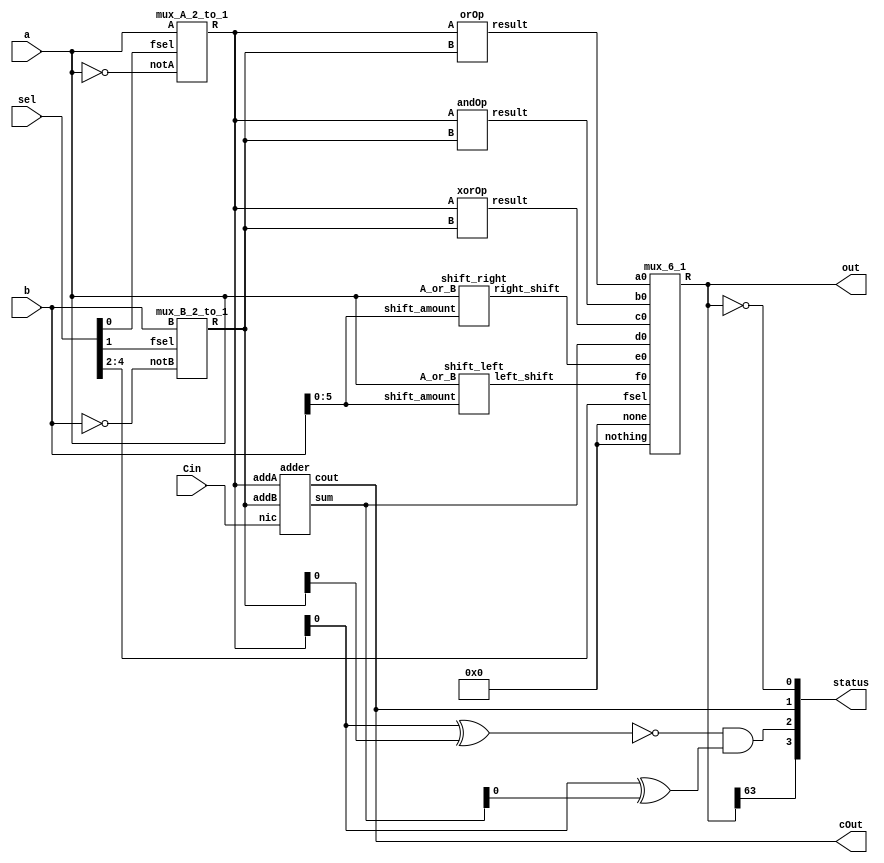
module aluFile (a, b, Cin, sel,out, cOut, status);
input [63:0] a, b;
input  Cin;
input [4:0] sel; 
output [63:0] out; 
output  cOut; 
//-Flags declaration - 4 bits, either true or false
output [3:0] status;
wire [63:0] orOut, andOut, xorOut, adderOut, shiftRight, shiftLeft, a_or_a_invert, b_or_b_invert; 
 
assign status[0] = (out == 64'b0);// zero flag 
//assign flagC = (cOut >= sum[64]); //Check if there's a carry out that equals to a size greater than 64 bit sum value. If so, then there's a carry value and Carry flag should cut on.
assign status[1]= cOut; //Carry out flag.
//assign flagO = ({Cin,Cout[63]} == 64'd64); // Checks if the Carry input and last index (bit) of the carry out, combined, is equal to an overflow bit. (Overflow value may need to be changed)
assign status[2] = ~(a_or_a_invert ^ b_or_b_invert) & (a_or_a_invert ^ adderOut);//overflow flag   
//({Cin,Cout} < 64'd64); //Checks if the maximum vale of the 64 bit value that can be stored is > than width. If not, then the width is greater which means an overflow.
//assign flagN = (Cout[63] == 1 && (~A || ~B)); //Checks if the last bit of Cout is 1 and if the operation is subtraction. Can add subtraction (1000 - 1111 = 0111) so check if it contains a 1 and then it a negative number. ~A or ~B is -A or -B
assign status[3] = out[63];//((A+B) < 0);, negative flag 

mux_A_2_to_1 u1 (a, ~a, sel[0], a_or_a_invert); 
mux_B_2_to_1 u2 (b, ~b, sel[1], b_or_b_invert);  
orOp u3 (a_or_a_invert, b_or_b_invert, orOut); 
andOp u4 (a_or_a_invert, b_or_b_invert, andOut); 
xorOp u5 (a_or_a_invert, b_or_b_invert, xorOut);
//Adder u6 (adderOut, cOut, a, b_or_b_invert, Cin);
adder u6 (a_or_a_invert, b_or_b_invert, Cin, adderOut, cOut);
shift_right u7 (a, b[5:0], shiftRight);
shift_left u8 (a, b[5:0], shiftLeft);  
mux_6_1 u9 (64'b0, orOut, andOut, xorOut, adderOut, shiftRight, shiftLeft, 64'b0, sel[4:2], out);  
endmodule 
////////////////////////////////////////-------------------------------
module mux_A_2_to_1 (A, notA, fsel, R);
input [63:0] A, notA; 
input fsel; 
output reg [63:0] R;
always @ (A or notA or fsel) 
    begin 
        case (fsel) 
		  0: R = A;
        1: R = notA; 
		  default: R = 1'bx;
        endcase
    end
endmodule 

module mux_B_2_to_1 (B, notB, fsel, R);
input [63:0] B, notB; 
input fsel;
output reg [63:0] R; 
always @ (B or notB or fsel)
    begin 
        case (fsel)
		  0: R = B;
        1: R = notB;
		  default: R = 1'bx;
    endcase
 end    
endmodule
  
module orOp ( A, B, result);
input [63:0] A , B; 
output [63:0] result;
assign result = A | B; 
//Flags
 //Checks if the reuslt is = to 0 that is 64 bit value in binary.
endmodule

module andOp ( A, B, result); 
input [63:0] A, B ; 
output [63:0] result;
assign result = A & B; 
//Flags
endmodule 

module xorOp (A, B, result); 
input [63:0] A, B; 
output [63:0] result; 
assign result = A ^ B;
//Flags
endmodule 
//This is the Adder that Adds A, B and cin

module adder(addA, addB, nic, sum, cout); //by Muhammad
input [63:0] addA, addB;
input nic;
output [63:0] sum;
output cout;
assign {cout, sum} = addA + addB + nic;
endmodule

//imodule full_adder (A, B, Cin, S, Cout); 
//input  A, B, Cin;
//output S, Cout;
//assign S = A^(B&Cin);
//assign Cout = (A^B)&Cin | A&B; 

//endmodule 
//module Adder(A, B, Cin, S, Cout);
//    input [63:0] A, B;
//   input Cin;
//    output [63:0] S;
//    output  Cout;
//    wire [64:0]carry;
//    assign carry[0] = Cin;
//    assign Cout = carry[64];
//    // use generate block to instantiate 64 full adders
//    genvar i;
//    generate
//   for (i=0; i<64; i=i+1) begin: full_adders // blocks within a generate block need to be named
//        full_adder adder_inst (S[i], carry[i+1], A[i], B[i], carry[i]); 
//    end
//    endgenerate
//   // this will generate the following code:
//    // FullAdder full_adders[0].adder_inst (S[0], carry[1], A[0], B[0], carry[0]);
//    // FullAdder full_adders[1].adder_inst (S[1], carry[2], A[1], B[1], carry[1]);
//    // ...
    // FullAdder full_adders[63].adder_inst (S[63], carry[64], A[63], B[63], carry[63]);
//endmodule


module shift_right (A_or_B, shift_amount, right_shift);
input [63:0] A_or_B; 
input [5:0] shift_amount; 
output [63:0] right_shift; 
assign right_shift = A_or_B >> shift_amount;
endmodule 

module shift_left (A_or_B, shift_amount, left_shift);
input [63:0] A_or_B; 
input [5:0] shift_amount; 
output [63:0] left_shift; 
assign left_shift = A_or_B << shift_amount;
endmodule 

module mux_6_1 (nothing, a0, b0, c0, d0, e0, f0, none, fsel, R); 
input [63:0] nothing, a0, b0, c0, d0, e0, f0, none;
input [2:0] fsel; 
output reg [63:0] R; 
always @ (nothing or a0 or b0 or c0 or d0 or e0 or f0 or none or fsel)
begin 
  case (fsel) 
	0: R = nothing;//0
	1: R = a0; 
    2: R = b0; 
    3: R = c0;
    4: R = d0;
    5: R = e0;
    6: R = f0; 
    7: R = none; //7
	 
    default: R = 1'bx; 
  endcase 
end
endmodule